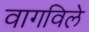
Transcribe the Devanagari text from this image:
वागविले